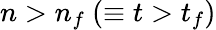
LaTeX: n>n_{f}~(\equiv t>t_{f})